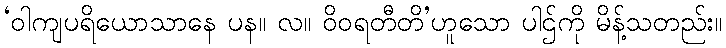
‘ဝါကျပရိယောသာနေ ပန။ လ။ ဝိဝရတီတိ’ဟူသော ပါဌ်ကို မိန့်သတည်း။